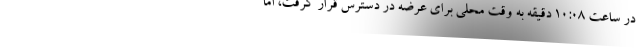
در ساعت 10:08 دقیقه به وقت محلی برای عرضه در دسترس قرار گرفت، اما